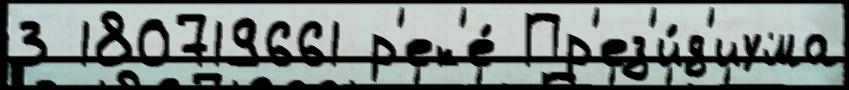
3 180719661 р'ек'е́ Пр'ез'и́д'иума